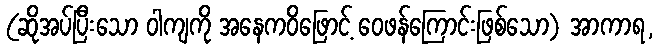
(ဆိုအပ်ပြီးသော ဝါကျကို အနေကဝိဖြောင့် ဝေဖန်ကြောင်းဖြစ်သော) အာကာရ,